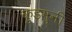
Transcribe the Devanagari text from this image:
कुडमुनी